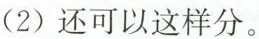
(2)还可以这样分。